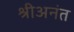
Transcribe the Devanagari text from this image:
श्रीअनंत